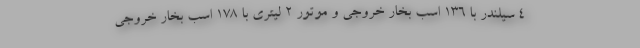
4 سیلندر با 136 اسب بخار خروجی و موتور 2 لیتری با 178 اسب بخار خروجی